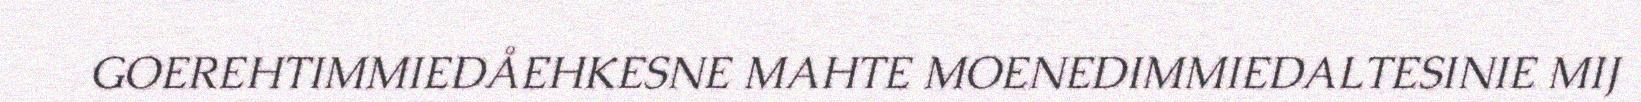
GOEREHTIMMIEDÅEHKESNE MAHTE MOENEDIMMIEDALTESINIE MIJ